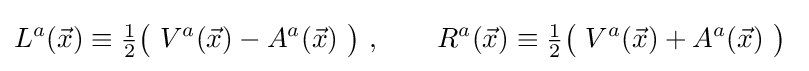
L^{a}({\vec {x}})\equiv {\tfrac {1}{2}}{\bigl (}\ V^{a}({\vec {x}})-A^{a}({\vec {x}})\ {\bigr )}\ ,\qquad R^{a}({\vec {x}})\equiv {\tfrac {1}{2}}{\bigl (}\ V^{a}({\vec {x}})+A^{a}({\vec {x}})\ {\bigr )}\